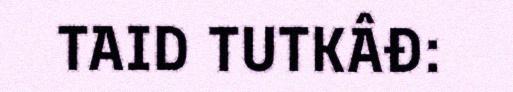
TAID TUTKÂĐ: